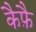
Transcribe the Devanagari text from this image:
कैफ़ै